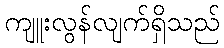
ကျူးလွန်လျက်ရှိသည်